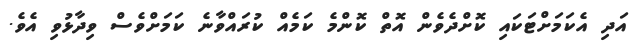
އަދި އެކަމަށްޓަކައި ކޮށްދެވެން އޮތް ކޮންމެ ކަމެއް ކުރައްވާނެ ކަމަށްވެސް ވިދާޅުވި އެވެ.